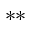
^ { * * }